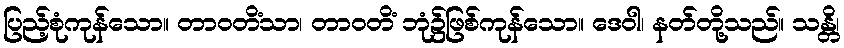
ပြည့်စုံကုန်သော။ တာဝတိံသာ၊ တာဝတိံ ဘုံ၌ဖြစ်ကုန်သော။ ဒေဝါ၊ နတ်တို့သည်။ သန္တိ၊